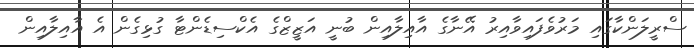
ސްރީލަންކާގައި މަރުވެފައިވާއިރު އޭނާގެ އާއިލާއިން ބުނީ އަޒީޒްގެ އެކްސިޑެންޓާ ގުޅިގެން އެ އާއިލާއިން